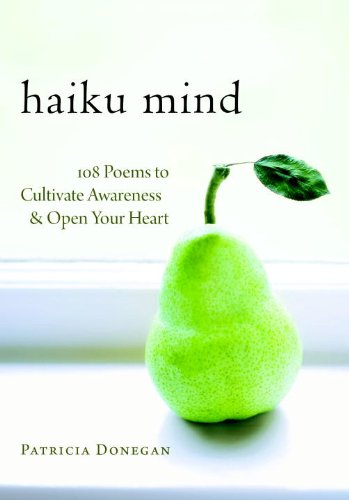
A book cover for Haiku Mind: 108 Poems to Cultivate Awareness and Open Your Heart; Patricia Donegan; Literature & Fiction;